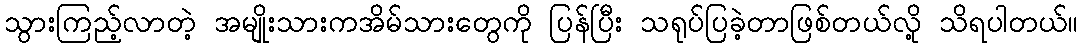
သွားကြည့်လာတဲ့ အမျိုးသားကအိမ်သားတွေကို ပြန်ပြီး သရုပ်ပြခဲ့တာဖြစ်တယ်လို့ သိရပါတယ်။